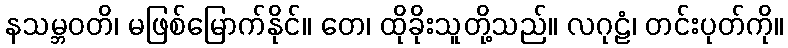
နသမ္ဘဝတိ၊ မဖြစ်မြောက်နိုင်။ တေ၊ ထိုခိုးသူတို့သည်။ လဂုဠံ၊ တင်းပုတ်ကို။